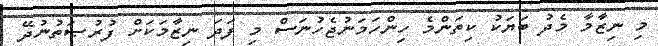
މި ނިޒާމާ މެދު ބަޔަކު ކިތަންމެ ހިންހަމަނުޖެހުނަސް މި ފަދަ ނިޒާމަކަށް ފުރުޞަތުނުދޭ